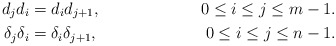
\begin{align*} d_jd_i&= d_{i}d_{j+1}, & 0 \leq i \leq j \leq {m-1}. \\ \delta_j\delta_i &= \delta_{i}\delta_{j+1}, & 0 \leq i \leq j \leq {n-1}. \end{align*}